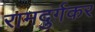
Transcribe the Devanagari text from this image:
रामदुर्गकर